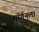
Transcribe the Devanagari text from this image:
मॉर्गनला